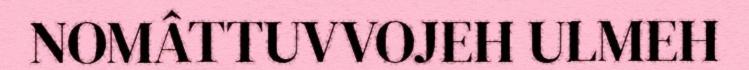
NOMÂTTUVVOJEH ULMEH